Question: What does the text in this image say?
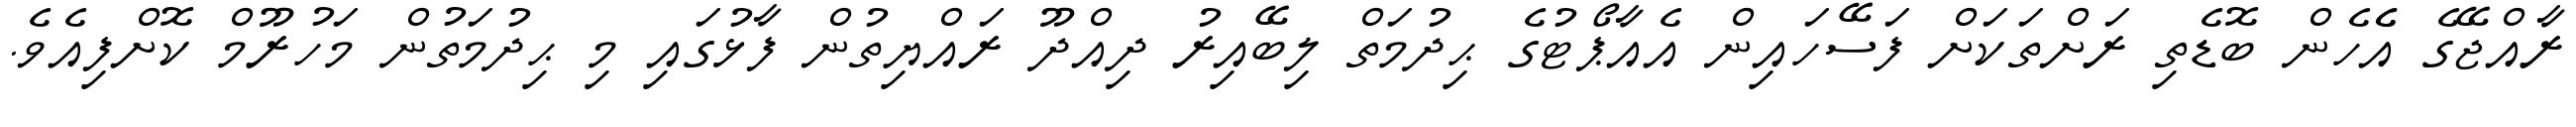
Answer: ރާއްޖޭގެ އެެހެން ބޮޑެތި ރަށްތަކަށް ފަސޭހައިން އެއާޕޯޓުގެ ޙިދުމަތް ލިބޭއިރު ދިއްދޫ ރައްޔިތުން ފާޅުގައި މި ޙިދުމަތުން މަހުރޫމް ކޮށްފިއެވެ.